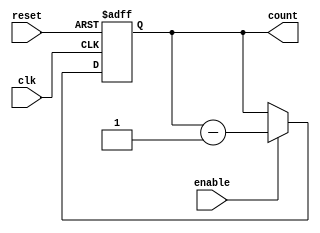
module Binary_Down_Counter_with_Enable (
    input wire clk,
    input wire reset,
    input wire enable,
    output reg [3:0] count
);

    always @ (posedge clk or posedge reset) begin
        if (reset) begin
            count <= 4'b1111; // Initial value
        end else if (enable) begin
            count <= count - 1;
        end
    end

endmodule